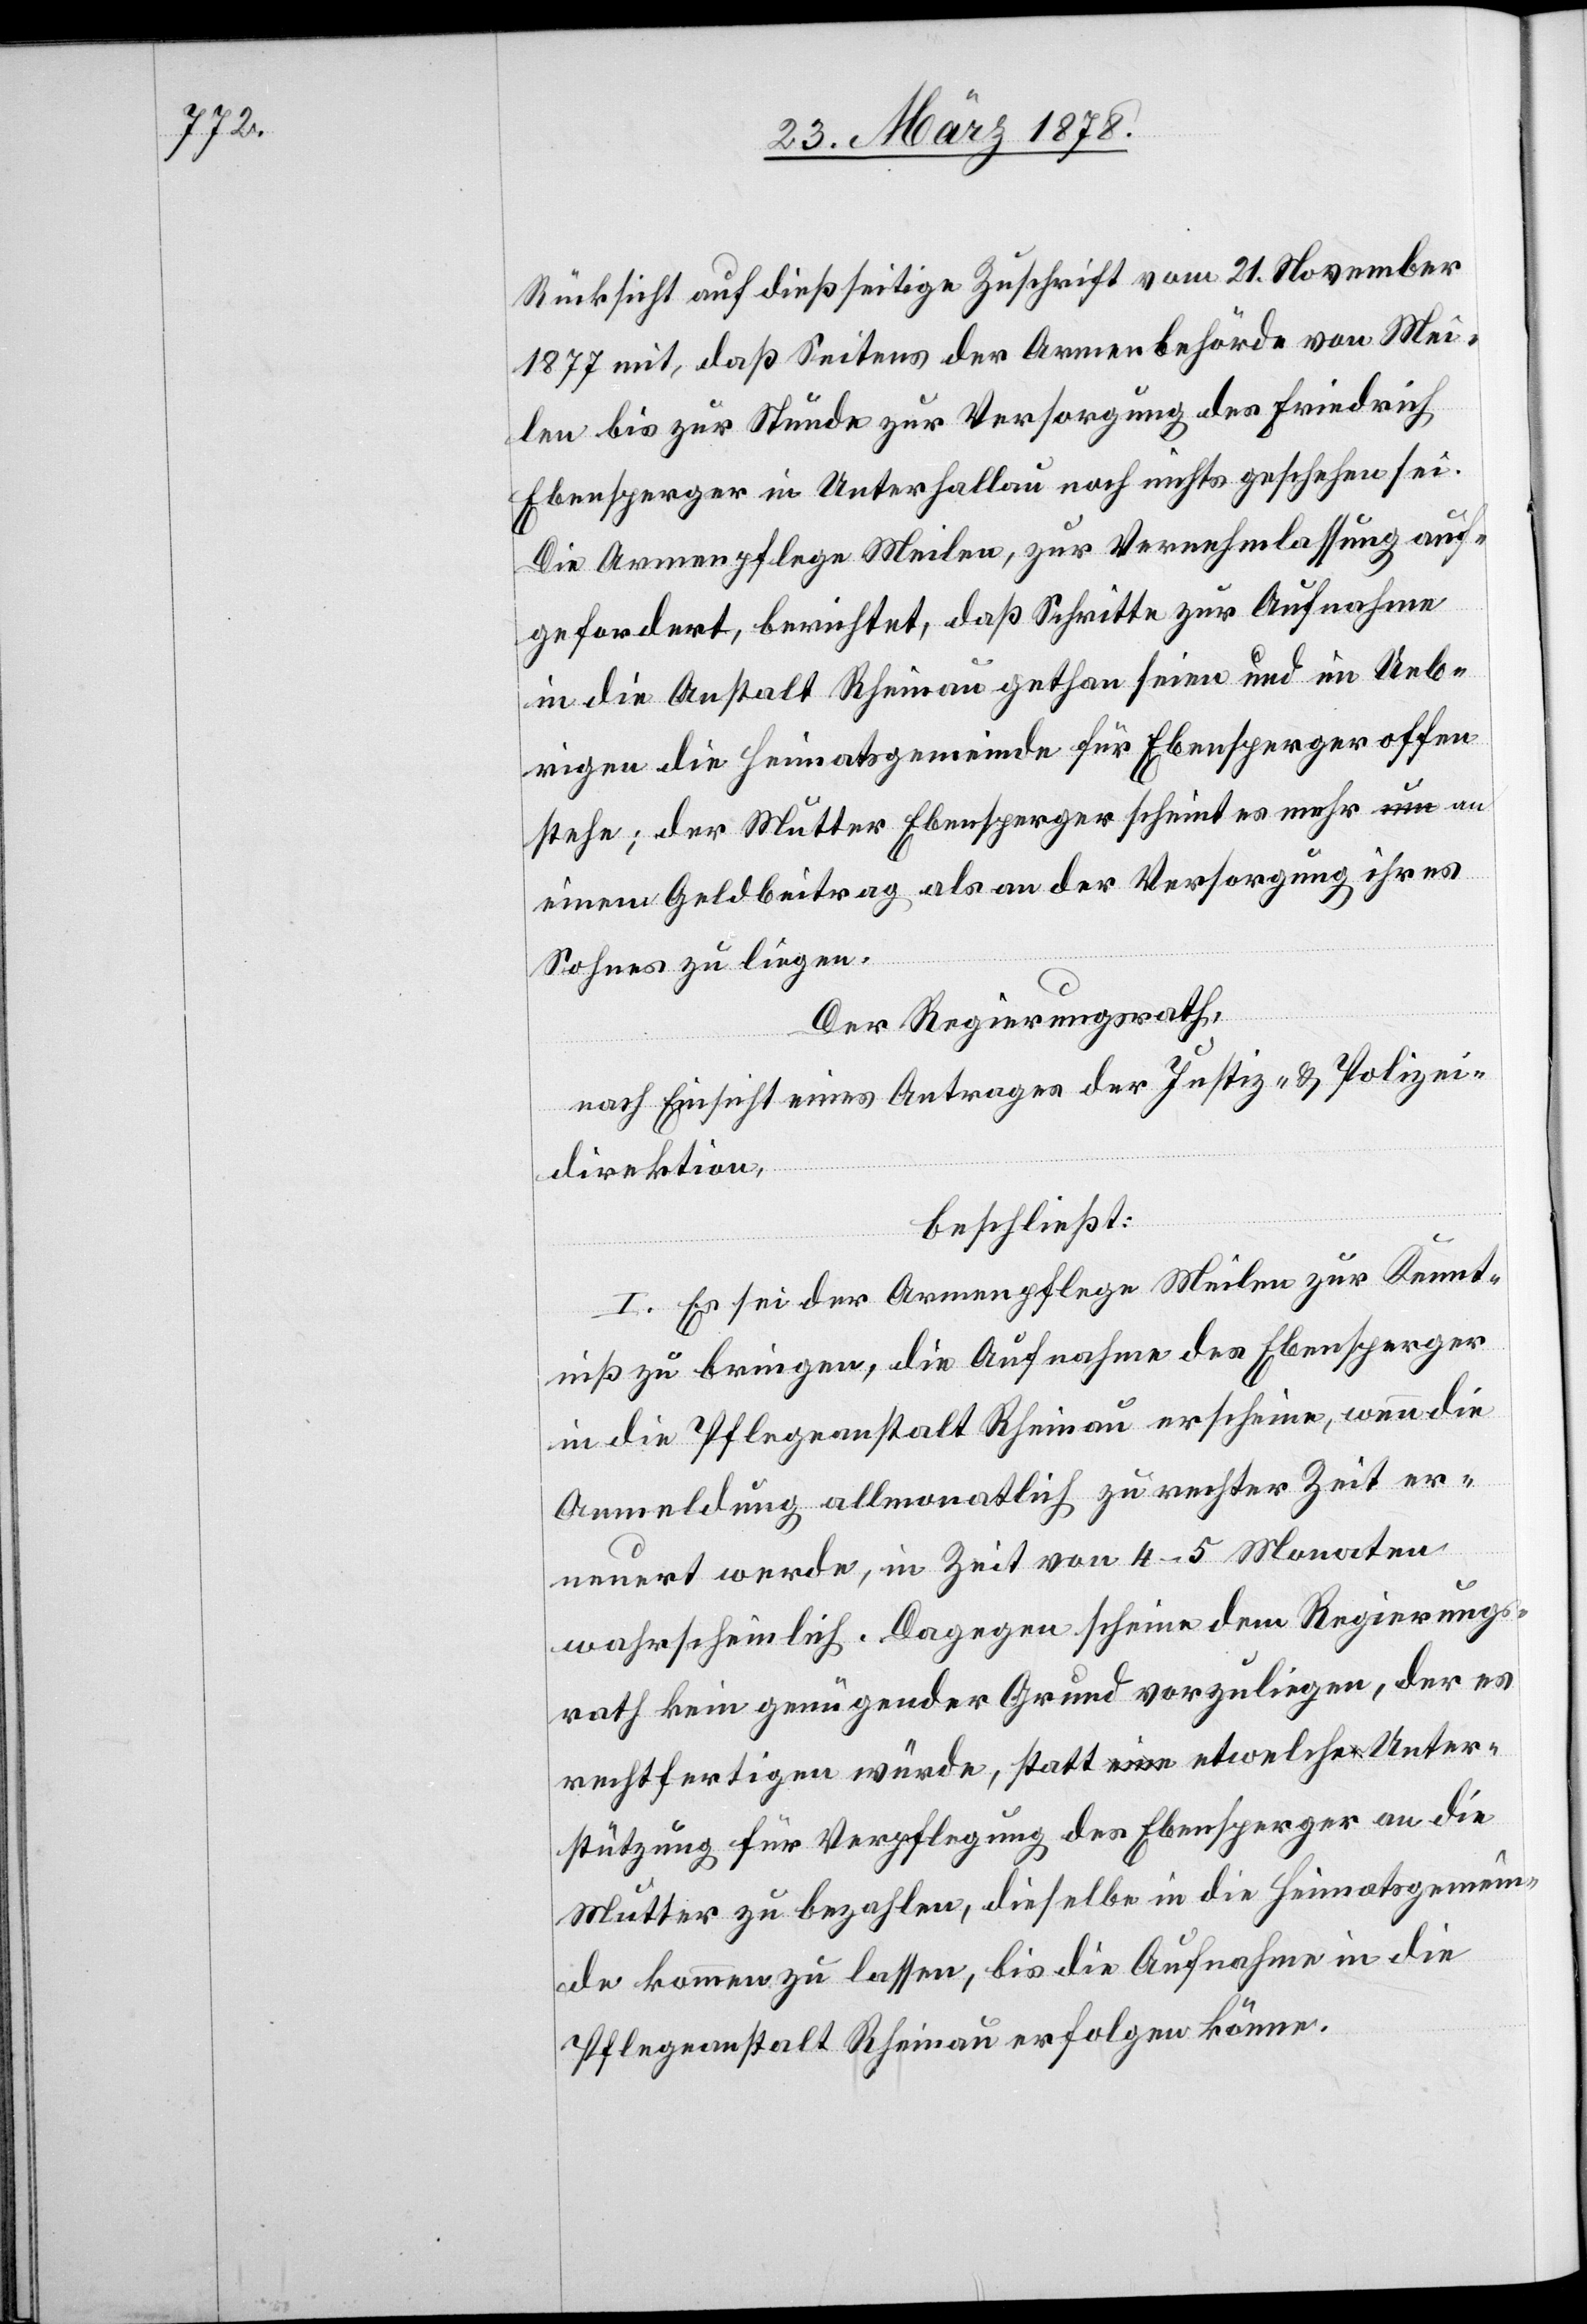
Rücksicht auf dießseitige Zuschrift vom 21. November
1877 mit, daß Seitens der Armenbehörde von Mei¬
len bis zur Stunde zur Versorgung des Friedrich
Ebensperger in Unterhallau noch nichts geschehen sei.
Die Armenpflege Meilen, zur Vernehmlassung auf¬
gefordert, berichtet, daß Schritte zur Aufnahme
in die Anstalt Rheinau gethan seien und im Ueb¬
rigen die Heimatsgemeinde für Ebensperger offen
stehe; der Mutter Ebensperger scheint es mehr an
einem Geldbeitrag als an der Versorung ihres
Sohnes zu liegen.
Der Regierungsrath,
nach Einsicht eines Antrages der Justiz- & Polizei¬
direktion,
beschließt:
I. Es sei der Armenpflege Meilen zur Kennt¬
niß zu bringen, die Aufnahme des Ebensperger
in die Pflegeanstalt Rheinau erscheine, wenn die
Anmeldung allmonatlich zu rechter Zeit er¬
neuert werde, in Zeit von 4–5 Monaten
wahrscheinlich. Dagegen scheine dem Regierungs¬
rath kein genügender Grund vorzuliegen, der es
rechtfertigen würde, statt etwelche Unter¬
stützung für Verpflegung des Ebensperger an die
Mutter zu bezahlen, dieselbe in die Heimatsgemein¬
de kommen zu lassen, bis die Aufnahme in die
Pflegeanstalt Rheinau erfolgen könne.